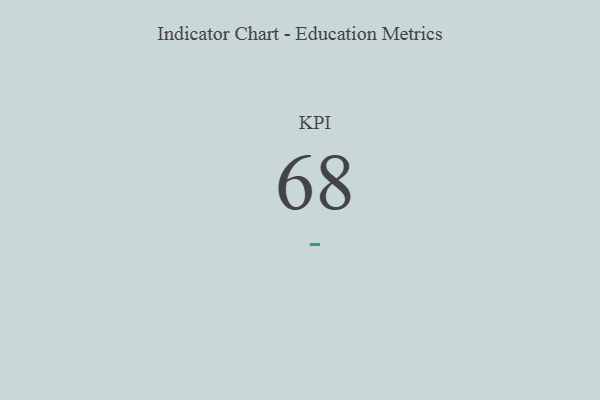
{"axis": {"x": "KPI", "y": "Value"}, "legend": [""], "data": [{"x": "KPI", "y": 68, "type": ""}]}